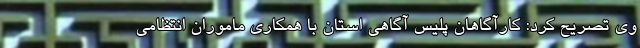
وی تصریح کرد: کارآگاهان پلیس آگاهی استان با همکاری ماموران انتظامی